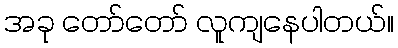
အခု တော်တော် လူကျနေပါတယ်။